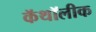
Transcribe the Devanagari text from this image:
कॅथॉलीक